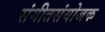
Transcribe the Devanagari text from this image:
संगीतसंयोजक